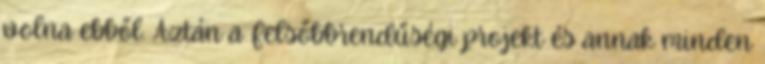
volna ebből. Aztán a Felsőbbrendűségi projekt és annak minden